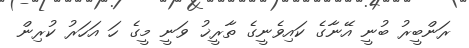
ރަންބީރު ބުނީ އޭނާގެ ކައިވެނީގެ ތާރީޚު ވަނީ މީގެ ހަ އަހަރު ކުރިން